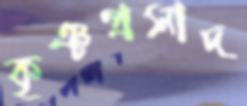
কৃঞ্চপ্রসাদ